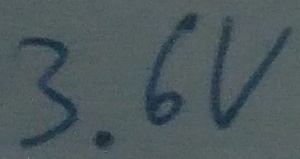
Text: 3.6V